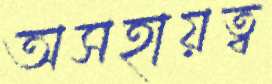
অসহায়ত্ব